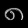
Digit: ၈